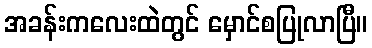
အခန်းကလေးထဲတွင် မှောင်စပြုလာပြီ။